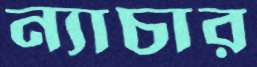
ন্যাচার